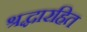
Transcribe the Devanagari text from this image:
श्रद्धारहित